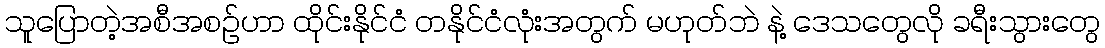
သူပြောတဲ့အစီအစဉ်ဟာ ထိုင်းနိုင်ငံ တနိုင်ငံလုံးအတွက် မဟုတ်ဘဲ နဲ့ ဒေသတွေလို ခရီးသွားတွေ